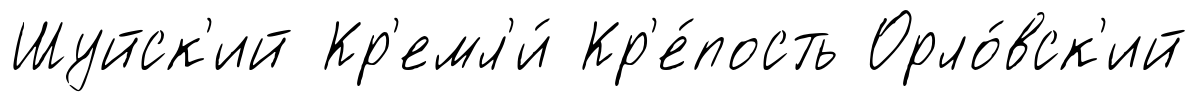
Шуйск'ий Кр'емл'и́ Кр'е́пость Орло́вск'ий